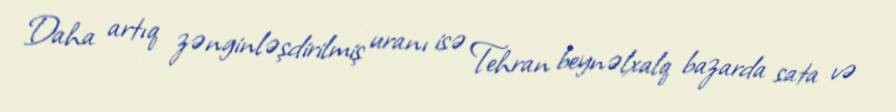
Daha artıq zənginləşdirilmiş uranı isə Tehran beynəlxalq bazarda sata və